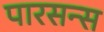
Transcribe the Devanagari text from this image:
पारसन्स